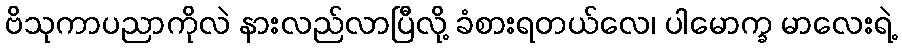
ဗိသုကာပညာကိုလဲ နားလည်လာပြီလို့ ခံစားရတယ်လေ၊ ပါမောက္ခ မာလေးရဲ့